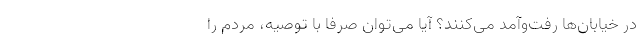
در خیابان‌ها رفت‌وآمد می‌کنند؟ آیا می‌توان صرفا با توصیه، مردم را